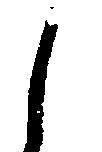
し